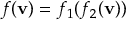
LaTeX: f ( \mathbf { v } ) = f _ { 1 } ( f _ { 2 } ( \mathbf { v } ) )